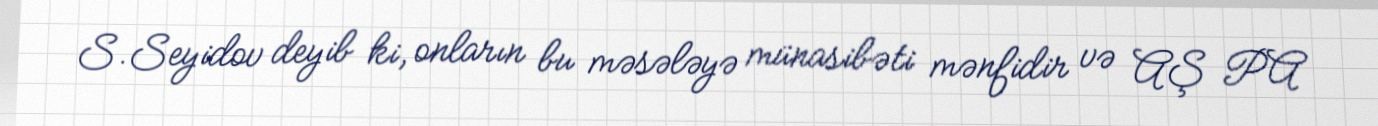
S.Seyidov deyib ki, onların bu məsələyə münasibəti mənfidir və AŞ PA